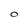
Character: O